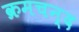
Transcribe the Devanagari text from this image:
क्रमचन्द